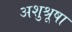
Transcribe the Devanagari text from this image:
अशुश्रूषा